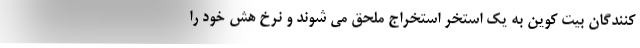
کنندگان بیت کوین به یک استخر استخراج ملحق می شوند و نرخ هش خود را